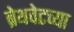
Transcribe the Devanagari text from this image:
ब्रेथवेटच्या